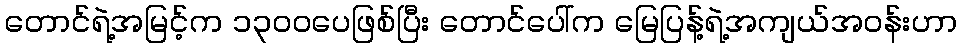
တောင်ရဲ့အမြင့်က ၁၃၀၀ပေဖြစ်ပြီး တောင်ပေါ်က မြေပြန့်ရဲ့အကျယ်အဝန်းဟာ